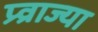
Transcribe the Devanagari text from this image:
प्र्व्राज्या